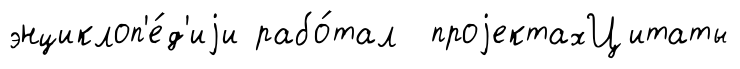
энциклоп'е́д'иjи рабо́тал проjектахЦитаты